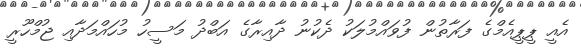
އެއީ ޕީޕީއެމްގެ ފަރާތުން ފުވައްމުލަކު ދެކުނު ދާއިރާގެ އަބްދު މަސީހު މުހައްމަދާއި ޖުމްހޫރީ